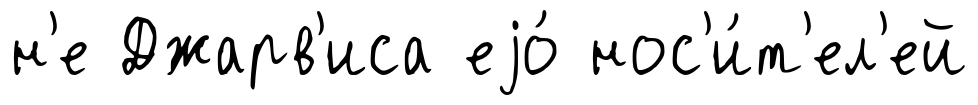
н'е Джарв'иса еjо́ нос'и́т'ел'ей